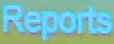
Reports